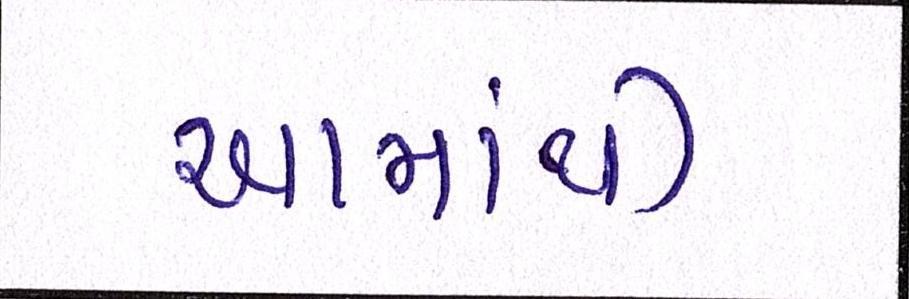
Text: આમાંથી